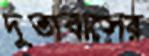
দূতাবাসের